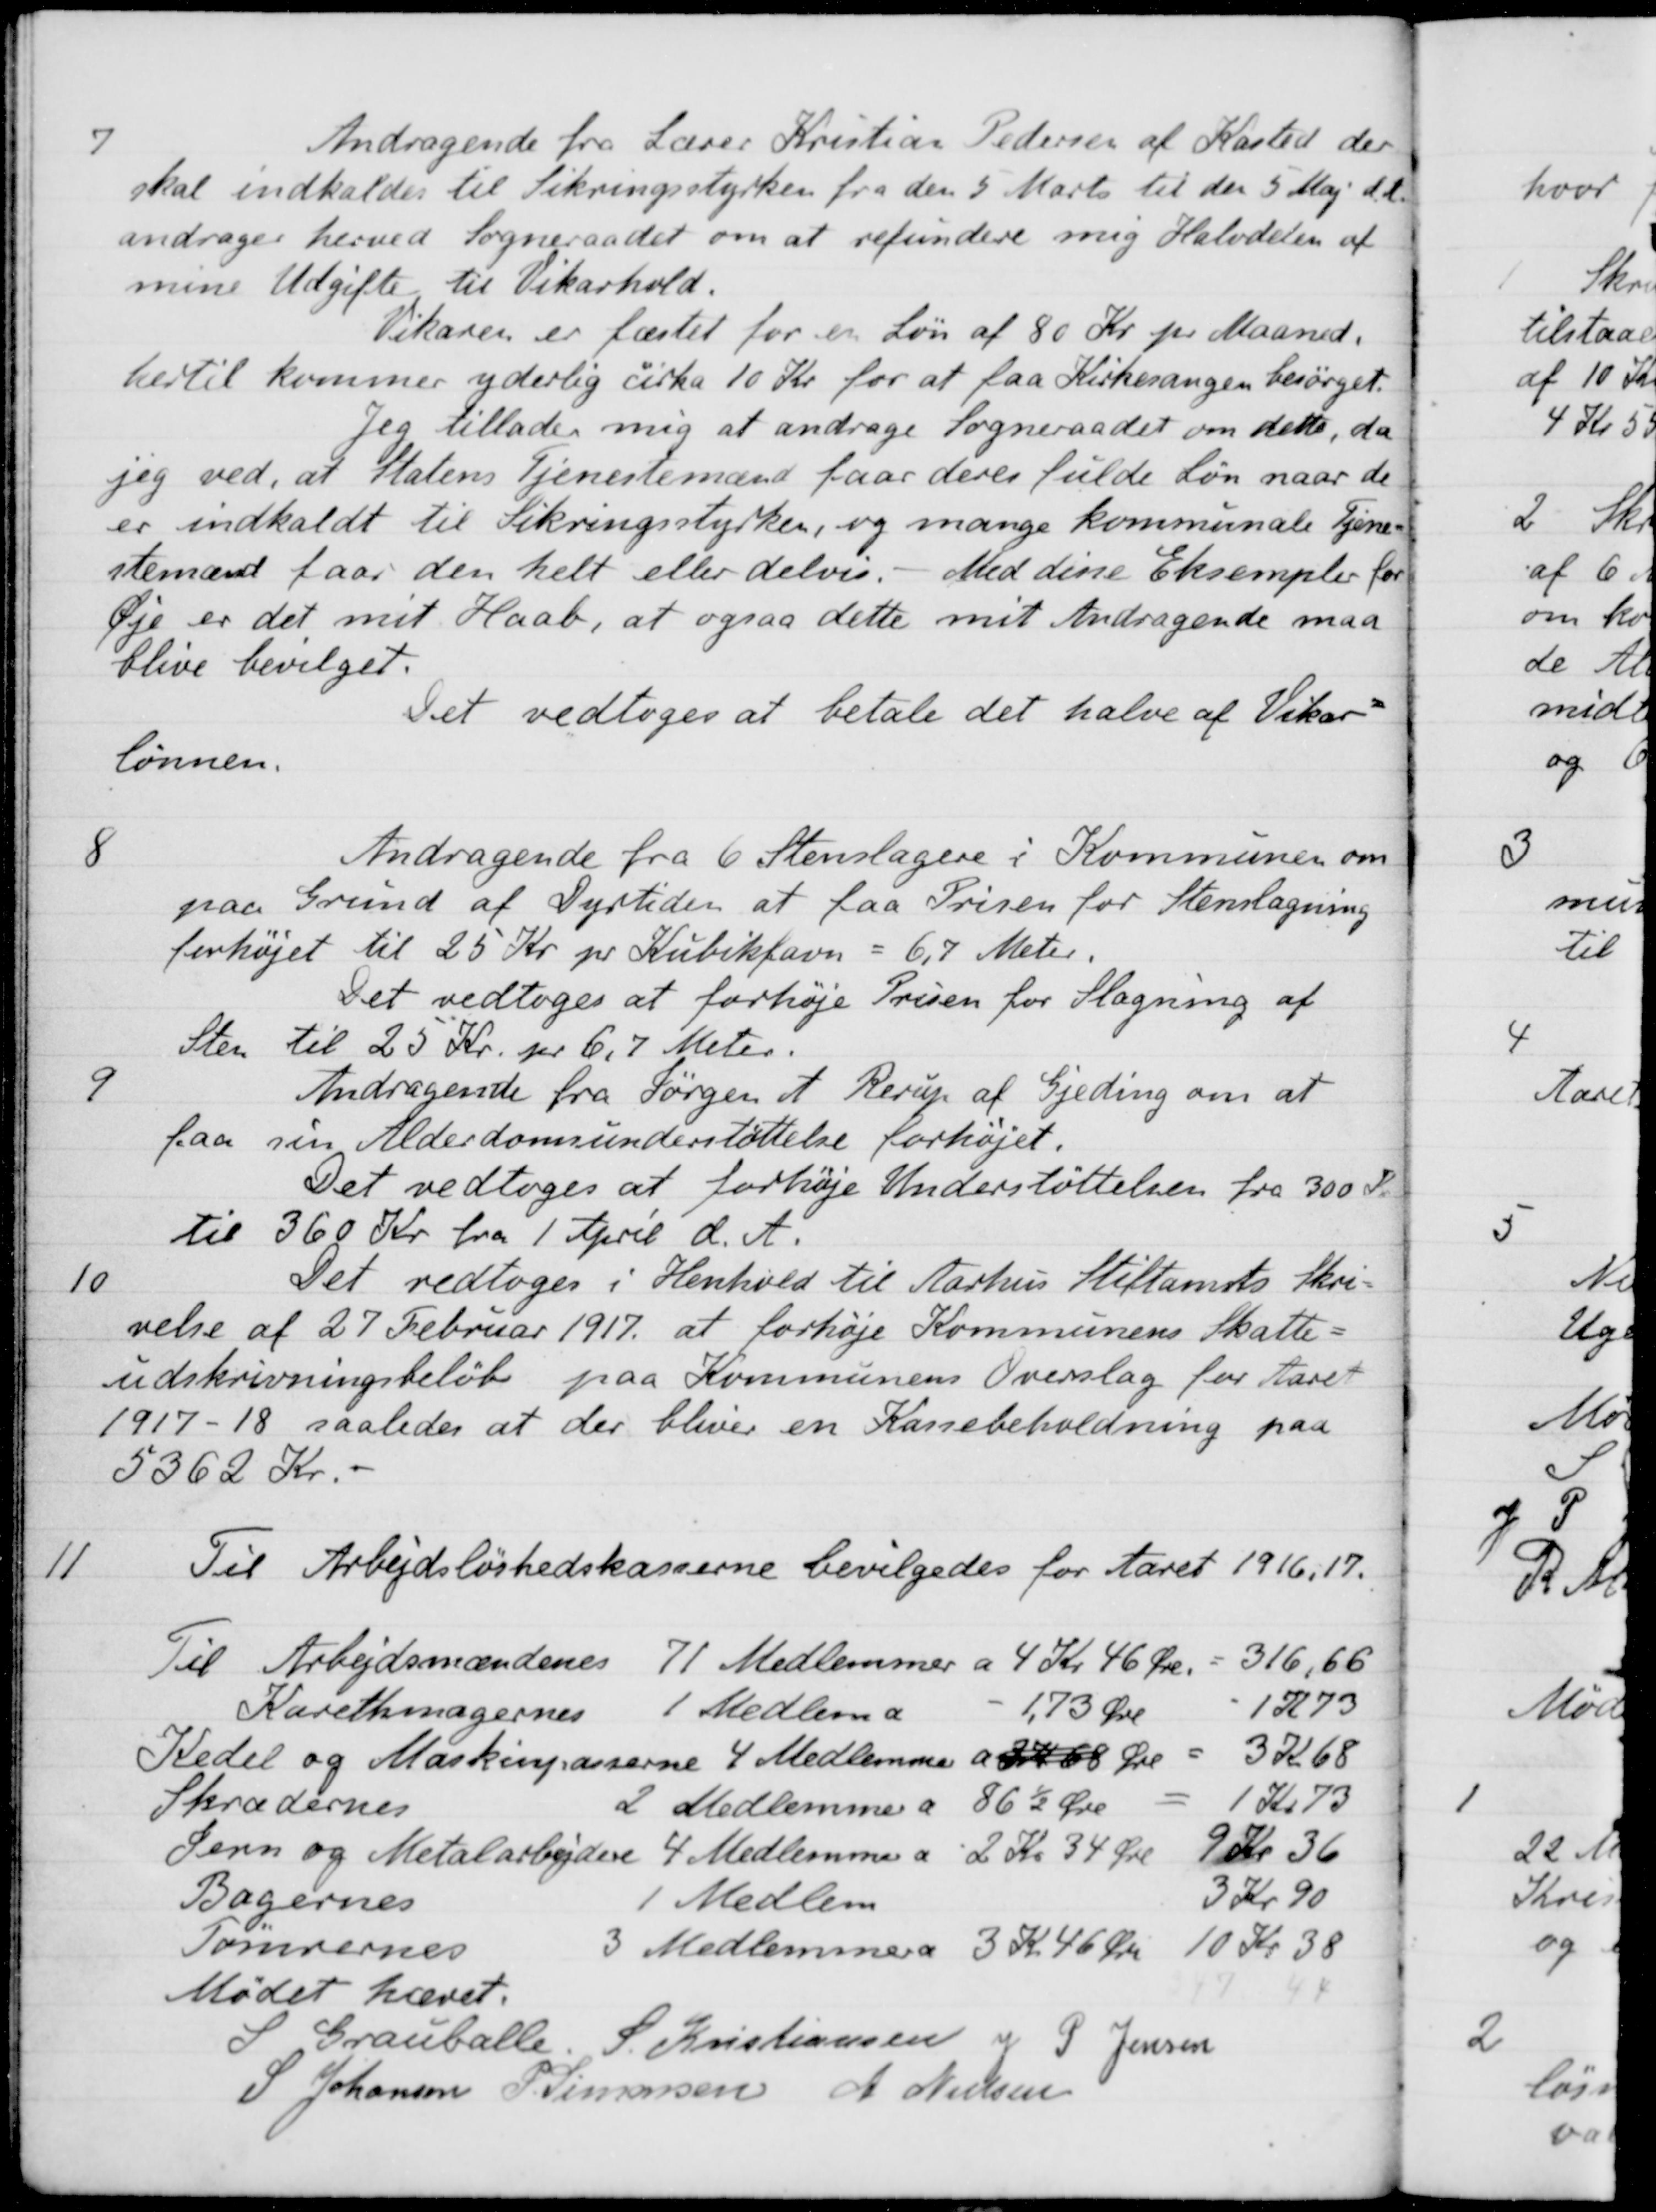
Transskription:
7
Andragende fra Lærer Kristian Pedersen af Kasted der
skal indkaldes til Sikringsstyrken fra den 5 Marts til den 5 Maj d. A.
andrager herved Sogneraadet om at refundere mig Halvdelen af
mine Udgifte til Vikarhold.
Vikaren er fæstet for en Løn af 80 Kr. pr. Maaned.
hertil kommer yderlig cirka 10 Kr for at faa Kirkesangen besørget.
Jeg tillader mig at andrage Sogneraadet om dette, da
jeg ved, at Statens Tjenestemænd faar deres fulde Løn naar de
er indkaldt til Sikringsstyrken, og mange kommunale tjene-
stemænd faar den helt eller delvis. - Med disse Eksempler for
Øje er det mit Haab, at ogsaa dette mit Andragende maa
blive bevilget.
Det vedtoges at betale det halve af Vikar-
lønnen.
8
Andragende fra 6 Stenslagere i Kommunen om
paa Grund af Dyrtiden at faa Prisen for Stenslagning
forhøjet til 25 Kr pr Kubikfavn = 6,7 Meter.
Det vedtoges at forhøje Prisen for Slagning af
Sten til 25 Kr. pr. 6,7 Meter.
9
Andragende fra Jørgen A Rerup af Gjeding om at
faa sin Alderdomsunderstøttelse forhøjet.
Det vedtoges at forhøje Understøttelsen fra 300 Kr
til 360 Kr fra 1 April d. A.
10
Det vedtoges i Henhold til Aarhus Stiftamts Skri-
velse af 27 Februar 1917 at forhøje Kommunens Skatte-
udskrivningsbeløb paa Kommunens Overslag for Aaret
1917-18 saaledes at der bliver en Kassebeholdning paa
5362 Kr.
11
Til Arbejdsløshedskasserne bevilgedes for Aaret 1916,17.
Til Arbejdsmændenes
71 Medlemmer a 4 Kr 46 Øre. = 316,66
Karethmagernes
Medlem
1,73 Øre
1 K 73
Kedel og Maskinpasserne 4 Medlemmer a 24 68 Øre
3 Kr. 68
Skrædernes
2 Medlemmer a 86½ Øre
Kr. 73
Jern og Metalarbejdere 4 Medlemmer a 2 Kr 34 Øre  9 Kr 36
Bagernes
1 Medlem
3 Kr 90
Tømrernes
3 Medlemmera 3 Kr 46 Øre 10 Kr. 38
Mødet hævet.
S Grauballe
S. Kristiansen
J P Jensen
S Johansen
P. Simonsen
A Nielsen